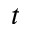
t